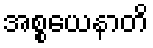
အစ္စယေနာတိ